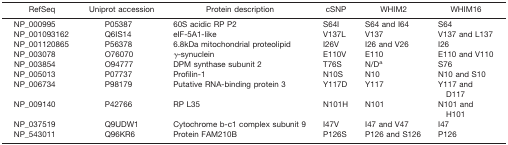
<table><thead><tr><td><b>RefSeq</b></td><td><b>Uniprot accession</b></td><td><b>Protein description</b></td><td><b>cSNP</b></td><td><b>WHIM2</b></td><td><b>WHIM16</b></td></tr></thead><tbody><tr><td>NP_000995</td><td>P05387</td><td>60S acidic RP P2</td><td>S64I</td><td>S64 and I64</td><td>S64</td></tr><tr><td>NP_001093162</td><td>Q6IS14</td><td>eIF-5A1-like</td><td>V137L</td><td>V137</td><td>V137 and L137</td></tr><tr><td>NP_001120865</td><td>P56378</td><td>6.8kDa mitochondrial proteolipid</td><td>I26V</td><td>I26 and V26</td><td>I26</td></tr><tr><td>NP_003078</td><td>O76070</td><td>γ-synuclein</td><td>E110V</td><td>E110</td><td>E110 and V110</td></tr><tr><td>NP_003854</td><td>O94777</td><td>DPM synthase subunit 2</td><td>T76S</td><td>N/D<sup>a</sup></td><td>S76</td></tr><tr><td>NP_005013</td><td>P07737</td><td>Profilin-1</td><td>N10S</td><td>N10</td><td>N10 and S10</td></tr><tr><td>NP_006734</td><td>P98179</td><td>Putative RNA-binding protein 3</td><td>Y117D</td><td>Y117</td><td>Y117 and D117</td></tr><tr><td>NP_009140</td><td>P42766</td><td>RP L35</td><td>N101H</td><td>N101</td><td>N101 and H101</td></tr><tr><td>NP_037519</td><td>Q9UDW1</td><td>Cytochrome b-c1 complex subunit 9</td><td>I47V</td><td>I47 and V47</td><td>I47</td></tr><tr><td>NP_543011</td><td>Q96KR6</td><td>Protein FAM210B</td><td>P126S</td><td>P126 and S126</td><td>P126</td></tr></tbody></table>